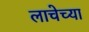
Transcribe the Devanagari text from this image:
लाचेच्या